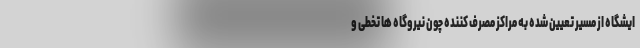
ایشگاه از مسیر تعیین شده به مراکز مصرف کننده چون نیروگاه ها تخطی و